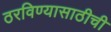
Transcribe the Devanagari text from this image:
ठरविण्यासाठीची